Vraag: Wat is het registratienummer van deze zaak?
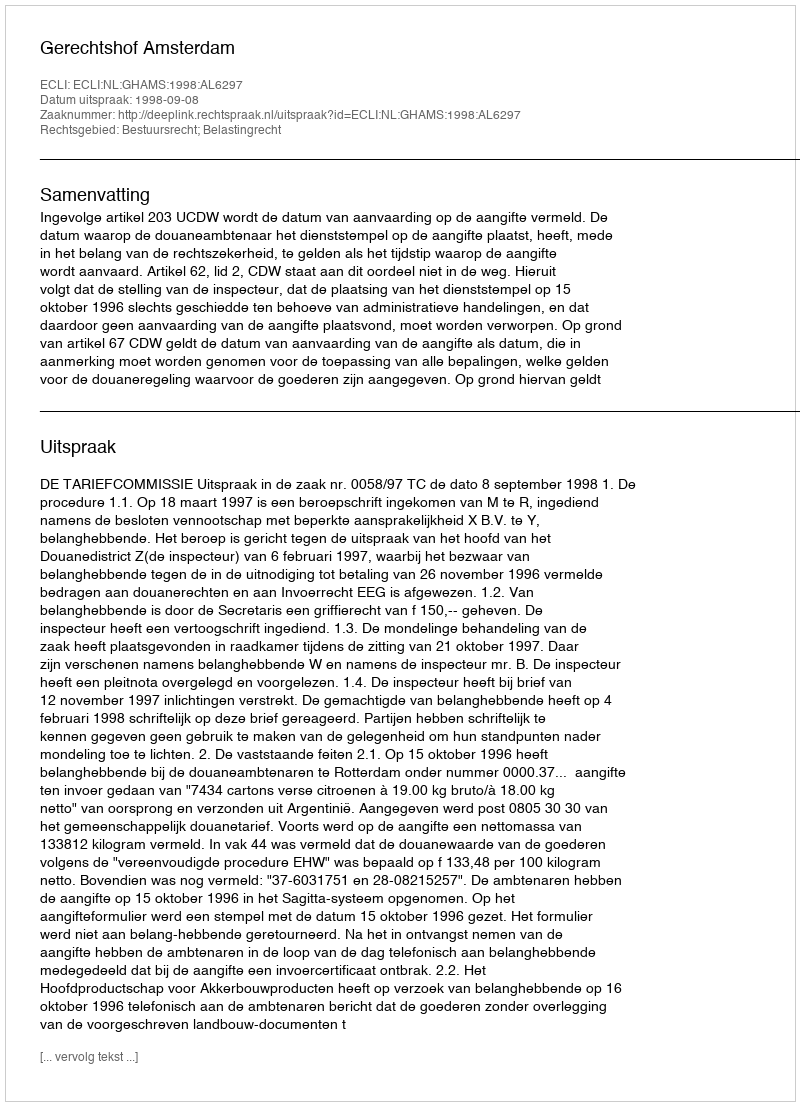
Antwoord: http://deeplink.rechtspraak.nl/uitspraak?id=ECLI:NL:GHAMS:1998:AL6297